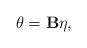
LaTeX: \begin{align*} \theta=\mathbf{B}\eta, \end{align*}